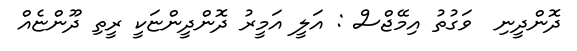
ދޮންދީނި  ވަގުތު އިމޭޖްސް : އަލީ އަމީރު ދޮންދީންޏަކީ ރީތި ދޫންޏެއް